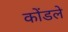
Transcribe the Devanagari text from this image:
कोंडले